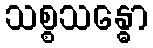
သစ္စသန္ဓော